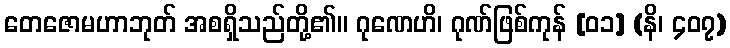
တေဇောမဟာဘုတ် အစရှိသည်တို့၏။ ဂုဏေဟိ၊ ဂုဏ်ဖြစ်ကုန် [၀၁] (နိ၊ ၄၀၇)